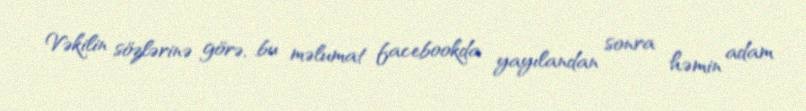
Vəkilin sözlərinə görə, bu məlumat facebookda yayılandan sonra həmin adam